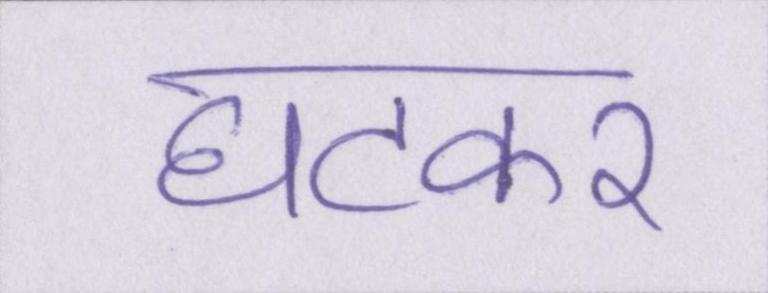
घटकर